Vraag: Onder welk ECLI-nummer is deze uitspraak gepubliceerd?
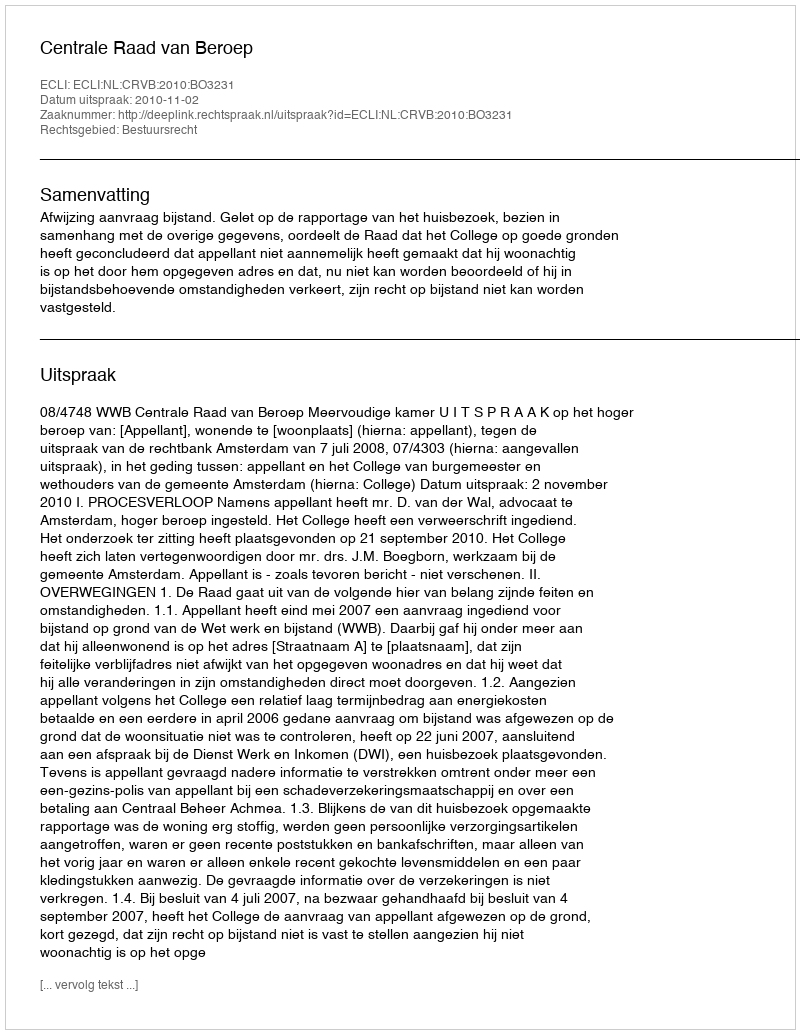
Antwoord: ECLI:NL:CRVB:2010:BO3231